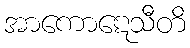
အာကောဋေသီတိ